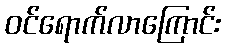
ဝင်ရောက်လာကြောင်း